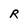
Character: R